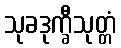
သုခဒုက္ခီသုတ္တံ